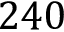
2 4 0